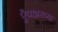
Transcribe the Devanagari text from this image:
ऍंपअरच्या